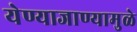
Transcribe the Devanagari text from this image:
येण्याजाण्यामुळे